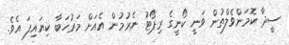
ސީދާ ކޮމަންވެލްތުން ވަނީ ކޯނީގެ ރިޕޯޓު ނެރުމުން އެއަށް މަރުހަބާ ކިޔައިފަ އެވެ.